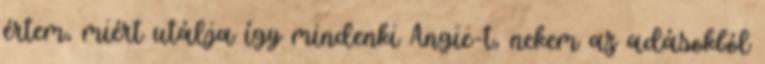
értem, miért utálja így mindenki Angie-t, nekem az adásokból